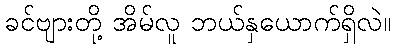
ခင်ဗျားတို့ အိမ်လူ ဘယ်နှယောက်ရှိလဲ။